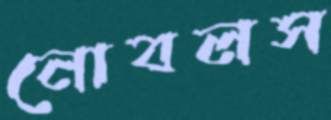
নোবলস